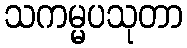
သကမ္မပသုတာ